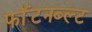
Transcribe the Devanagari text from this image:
फॉंटनब्ल्ट